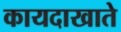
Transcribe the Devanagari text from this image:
कायदाखाते